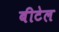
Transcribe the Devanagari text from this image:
बीटेल